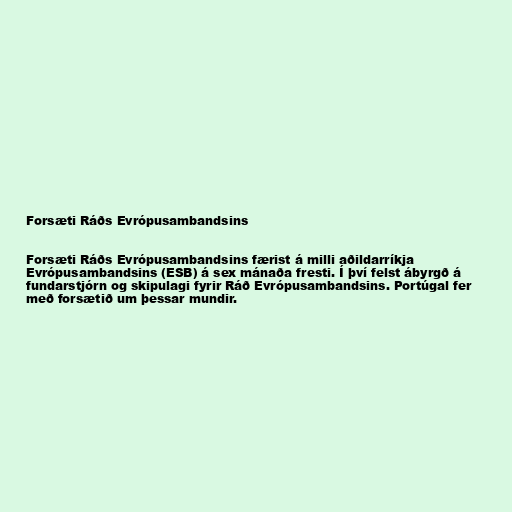
Forsæti Ráðs Evrópusambandsins

Forsæti Ráðs Evrópusambandsins færist á milli aðildarríkja
Evrópusambandsins (ESB) á sex mánaða fresti. Í því felst ábyrgð á
fundarstjórn og skipulagi fyrir Ráð Evrópusambandsins. Portúgal fer
með forsætið um þessar mundir.